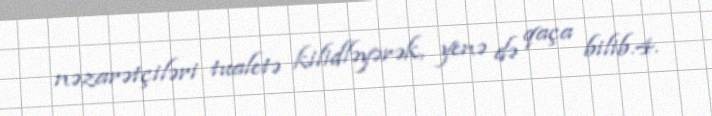
nəzarətçiləri tualetə kilidləyərək, yenə də qaça bilib.4.